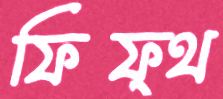
ফিফ্থ